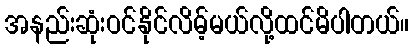
အနည်းဆုံးဝင်နိုင်လိမ့်မယ်လို့ထင်မိပါတယ်။